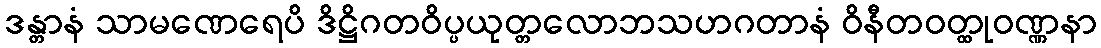
ဒန္တာနံ သာမဏေရေပိ ဒိဋ္ဌိဂတဝိပ္ပယုတ္တလောဘသဟဂတာနံ ဝိနီတဝတ္ထုဝဏ္ဏနာ